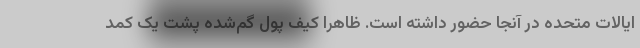
ایالات متحده در آنجا حضور داشته است. ظاهرا کیف پول گم‌شده پشت یک کمد